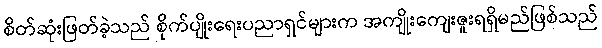
စိတ်ဆုံးဖြတ်ခဲ့သည် စိုက်ပျိုးရေးပညာရှင်များက အကျိုးကျေးဇူးရရှိမည်ဖြစ်သည်